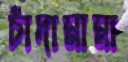
চাঁদামামা